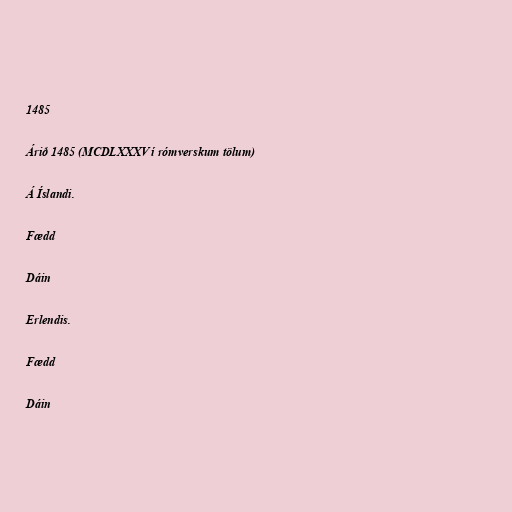
1485

Árið 1485 (MCDLXXXV í rómverskum tölum)

Á Íslandi.

Fædd

Dáin

Erlendis.

Fædd

Dáin